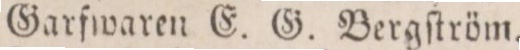
Garfwaren E. G. Lundſtröm.